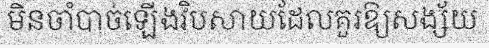
មិនចាំបាច់ឡើងវិបសាយដែលគួរឱ្យសង្ស័យ